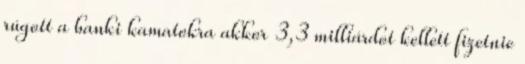
rúgott a banki kamatokra akkor 3,3 milliárdot kellett fizetnie